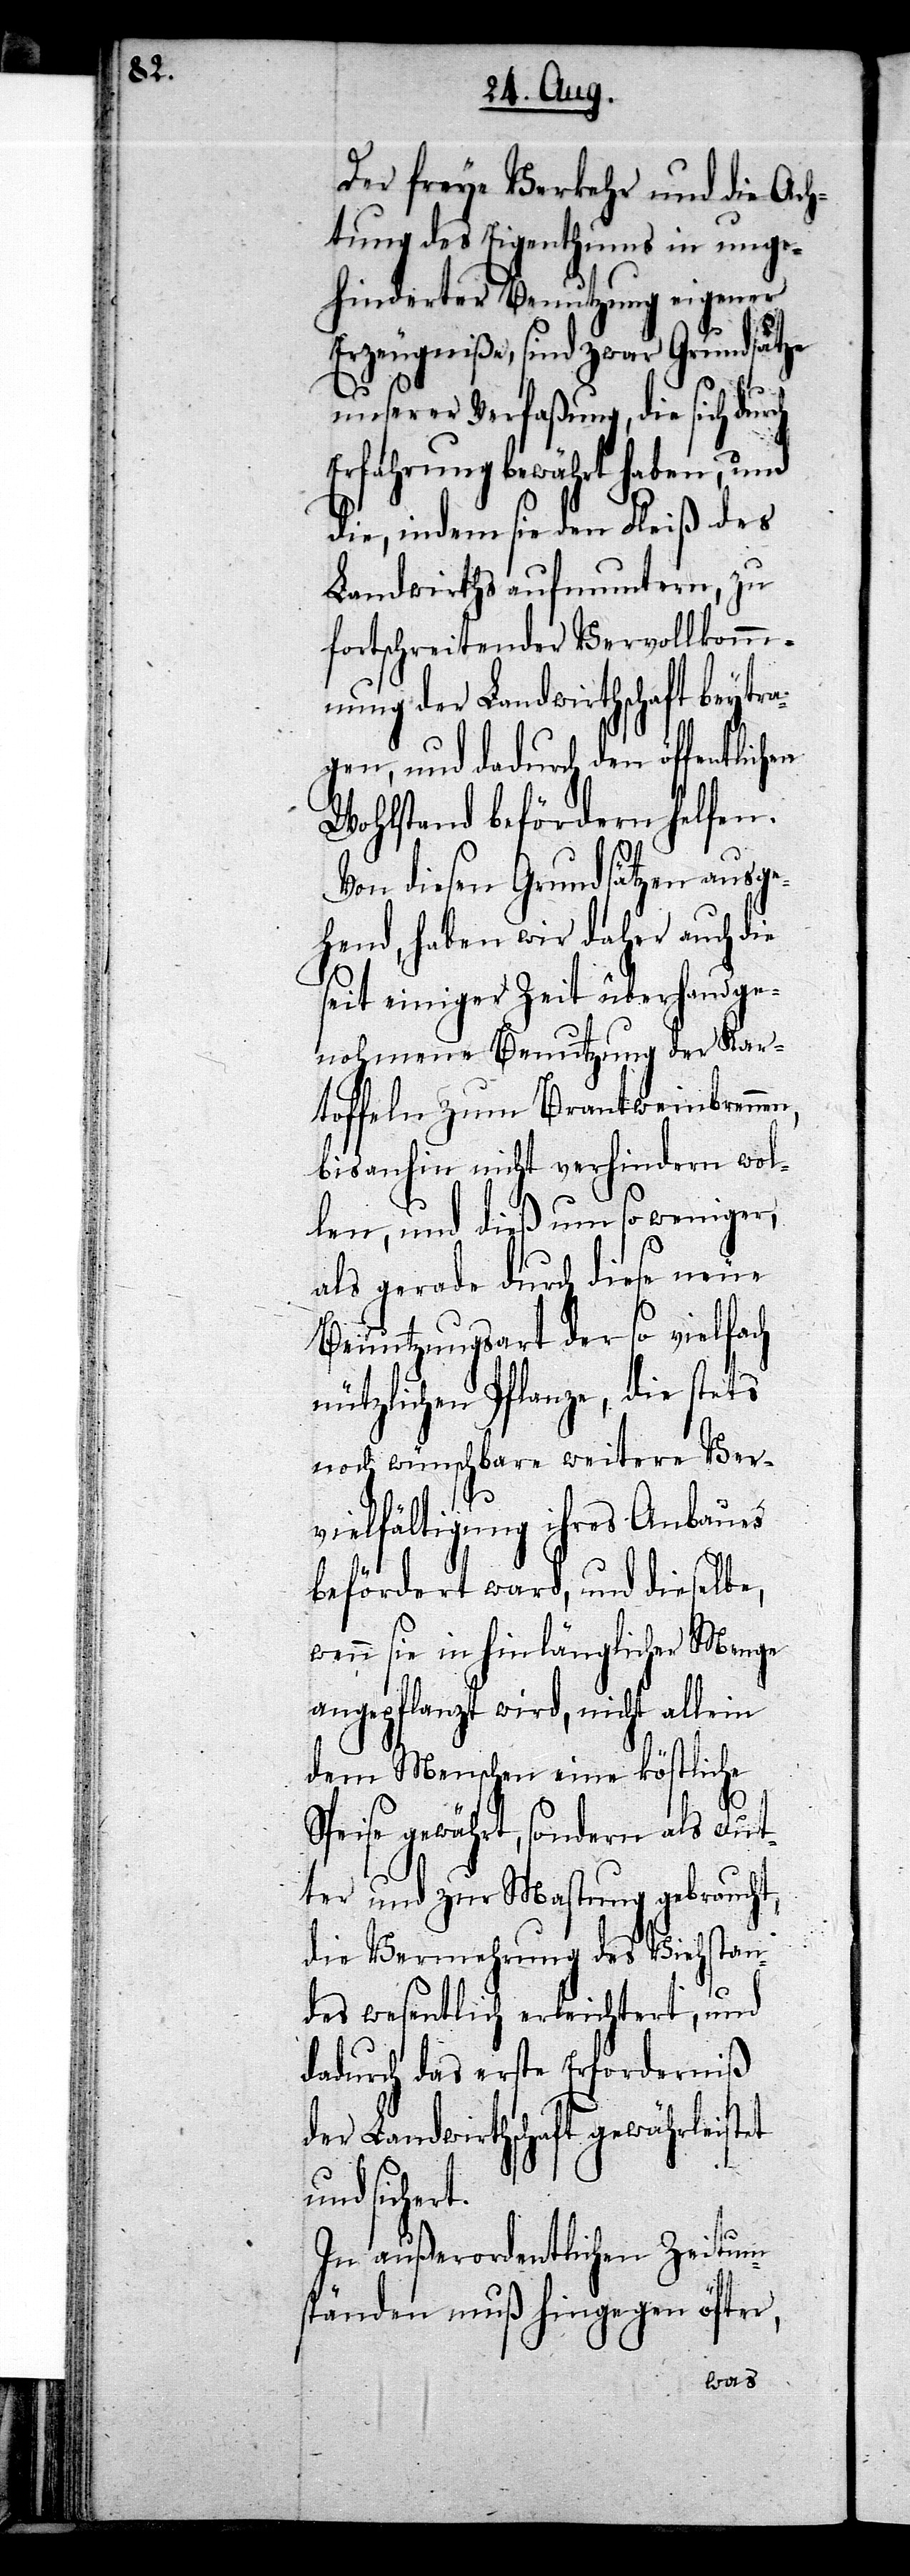
ch

Der freye Verkehr und die Ach¬
tung des Eigenthums in unge¬
hinderter Benutzung eigener
Erzeugniße, sind zwar Grundsätze
unserer Verfaßung, die sich dur¬
Erfahrung bewährt haben, und
die, indem sie den Fleiß des
Landwirths aufmuntern, zu
fortschreitender Vervollkommn¬
ung der Landwirthschaft beytra¬
gen, und dadurch den öffentlichen
Wohlstand befördern helfen.
Von diesen Grundsätzen ausge¬
hend, haben wir daher auch die
seit einiger Zeit überhandge¬
nohmene Benutzung der Kar¬
toffeln zum Brantweinbrennen,
bis anhin nicht verhindern wol¬
len, und dieß um so weniger,
als gerade durch diese neue
Benutzungsart der so vielfach
nützlichen Pflanze, die stets
noch wünschbare weitere Ver¬
vielfältigung ihres Anbaues
befördert ward, und dieselbe,
wenn sie in hinlänglicher Menge
angepflanzt wird, nicht allein
dem Menschen eine köstliche
Speise gewährt, sondern als Fut¬
ter und zur Mastung gebraucht,
die Vermehrung des Viehstan¬
des wesentlich erleichtert, und
dadurch das erste Erforderniß
der Landwirthschaft gewährleistet
und sichert.
In außerordentlichen Zeitum¬
ständen muß hingegen öfter,